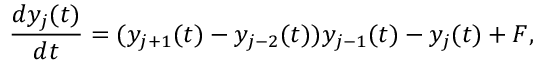
\frac { d y _ { j } ( t ) } { d t } = ( y _ { j + 1 } ( t ) - y _ { j - 2 } ( t ) ) y _ { j - 1 } ( t ) - y _ { j } ( t ) + F ,